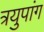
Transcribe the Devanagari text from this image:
त्रयुपांग